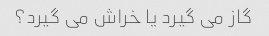
گاز می گیرد یا خراش می گیرد؟